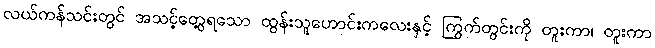
လယ်ကန်သင်းတွင် အသင့်တွေ့ရသော ထွန်းသူဟောင်းကလေးနှင့် ကြွက်တွင်းကို တူးကာ၊ တူးကာ